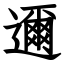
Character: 邇